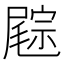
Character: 𡳓